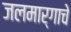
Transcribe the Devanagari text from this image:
जलमार्गाचे